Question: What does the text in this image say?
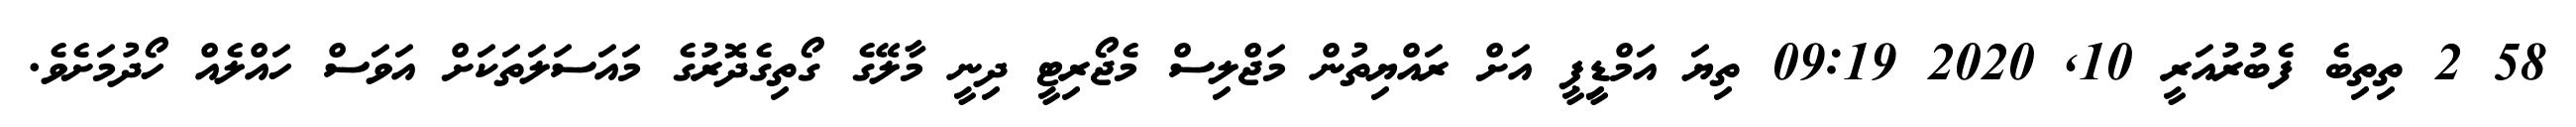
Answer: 58 2 ތިތިބެ ފެބުރުއަރީ 10, 2020 09:19 ތިޔަ އަމްޑިީޕީ އަށް ރައްޔިތުން މަޖްލިސް މެޖޯރިޓީ ދިނީ މާލޭގެ ގޯތިގެދޮރުގެ މައަސަލަތަކަށް އަވަސް ހައްލެއް ހޯދުމަށެވެ.